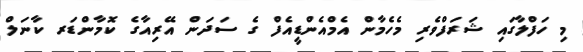
މި ހަފްލާގައި ޝަރަފްވެރި މެހެމާން އެމްއެންޑީއެފް ގެ ސަދަން އޭރިއާގެ ކޮމާންޑަރ ކާނަލް